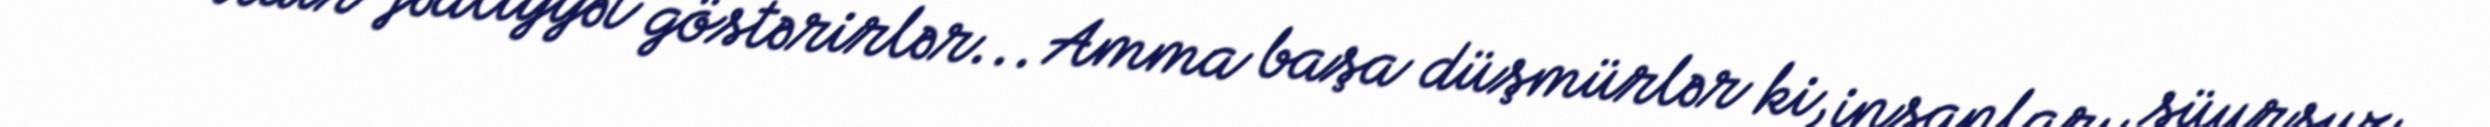
neçə ildir fəaliyyət göstərirlər... Amma başa düşmürlər ki, insanları şüursuz,